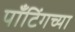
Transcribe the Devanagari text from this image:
पाँटिंगच्या